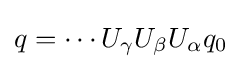
q=\cdots U_{\gamma }U_{\beta }U_{\alpha }q_{0}